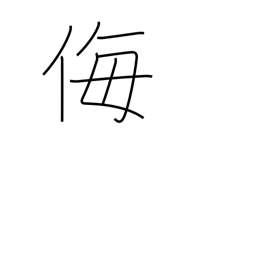
Meaning: scorn